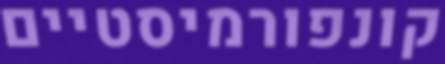
קונפורמיסטיים